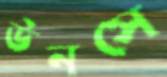
উনসে